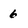
Character: 6